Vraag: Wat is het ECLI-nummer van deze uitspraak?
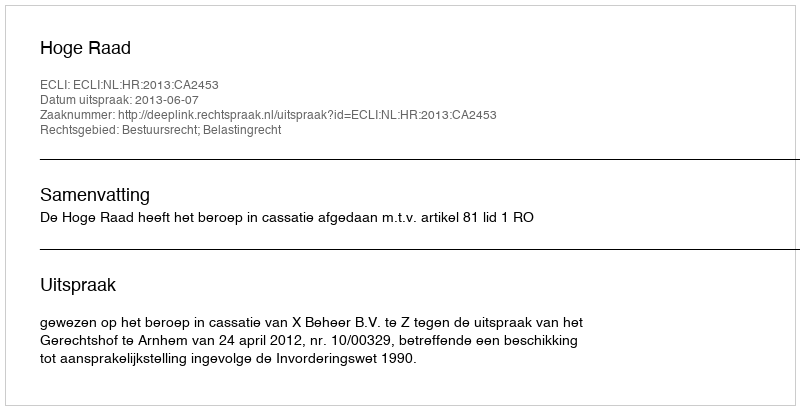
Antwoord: ECLI:NL:HR:2013:CA2453